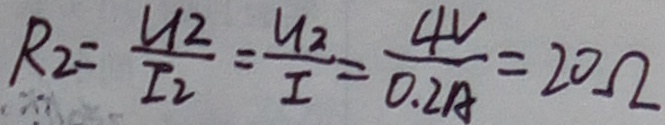
R _ { 2 } = \frac { u _ { 2 } } { I _ { 2 } } = \frac { u _ { 2 } } { I } = \frac { 4 V } { 0 . 2 A } = 2 0 \Omega